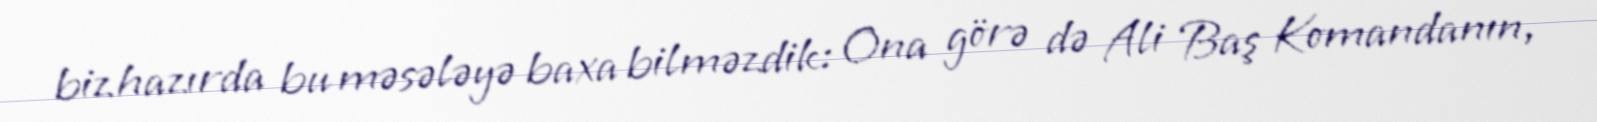
biz hazırda bu məsələyə baxa bilməzdik: Ona görə də Ali Baş Komandanın,